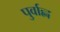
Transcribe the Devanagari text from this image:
पुर्वाह्न